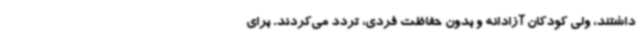
داشتند، ولی کودکان آزادانه و بدون حفاظت فردی، تردد می‌کردند. برای